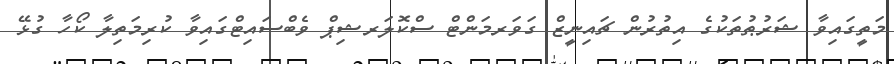
މަތީގައިވާ ޝަރުޠުތަކުގެ އިތުރުން ޗައިނީޒް ގަވަރމަންޓް ސްކޮލަރޝިޕް ވެބްސައިޓްގައިވާ ކުރިމަތިލާ ކޯހާ ގުޅޭ